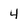
Character: 4